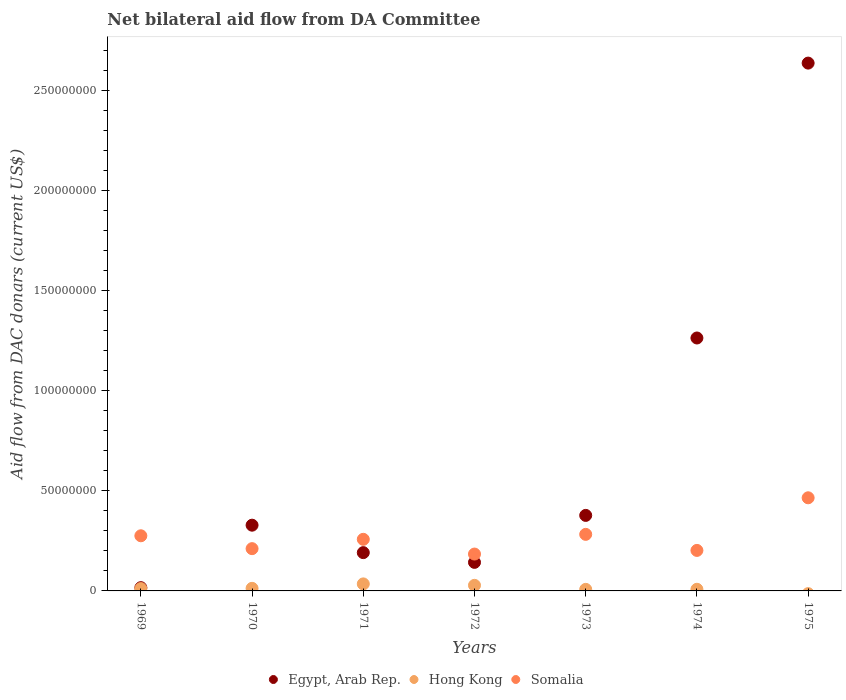
| Years | Egypt, Arab Rep. | Hong Kong | Somalia |
 | --- | --- | --- | --- |
 | 1969 | 1.63e+06 | 1.17e+06 | 2.75e+07 |
 | 1970 | 3.28e+07 | 1.29e+06 | 2.11e+07 |
 | 1971 | 1.91e+07 | 3.51e+06 | 2.58e+07 |
 | 1972 | 1.43e+07 | 2.79e+06 | 1.84e+07 |
 | 1973 | 3.77e+07 | 7.8e+05 | 2.82e+07 |
 | 1974 | 1.26e+08 | 8.2e+05 | 2.02e+07 |
 | 1975 | 2.64e+08 | -1.35e+06 | 4.65e+07 |